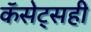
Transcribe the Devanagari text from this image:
कॅसेट्सही